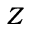
Z